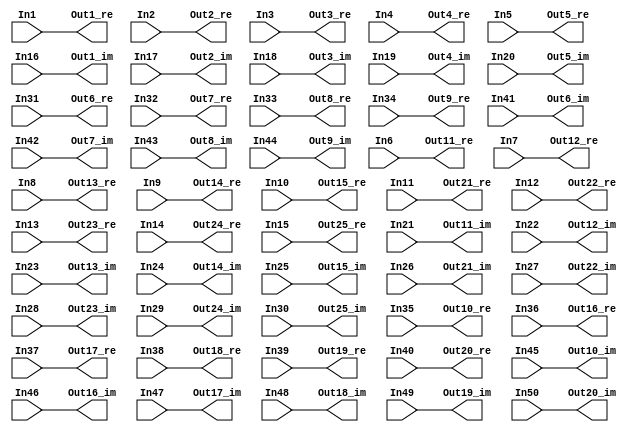
// -------------------------------------------------------------
// 
// 
// Generated by MATLAB 9.8 and HDL Coder 3.16
// 
// -------------------------------------------------------------


// -------------------------------------------------------------
// 
// Module: Real_imag_to_DFT50
// Source Path: newhope_cambios/FDHT/DFT/Real_imag_to_DFT50
// Hierarchy Level: 2
// 
// -------------------------------------------------------------

`timescale 1 ns / 1 ns

module Real_imag_to_DFT50
          (In1,
           In2,
           In3,
           In4,
           In5,
           In6,
           In7,
           In8,
           In9,
           In10,
           In11,
           In12,
           In13,
           In14,
           In15,
           In16,
           In17,
           In18,
           In19,
           In20,
           In21,
           In22,
           In23,
           In24,
           In25,
           In26,
           In27,
           In28,
           In29,
           In30,
           In31,
           In32,
           In33,
           In34,
           In35,
           In36,
           In37,
           In38,
           In39,
           In40,
           In41,
           In42,
           In43,
           In44,
           In45,
           In46,
           In47,
           In48,
           In49,
           In50,
           Out1_re,
           Out1_im,
           Out2_re,
           Out2_im,
           Out3_re,
           Out3_im,
           Out4_re,
           Out4_im,
           Out5_re,
           Out5_im,
           Out6_re,
           Out6_im,
           Out7_re,
           Out7_im,
           Out8_re,
           Out8_im,
           Out9_re,
           Out9_im,
           Out10_re,
           Out10_im,
           Out11_re,
           Out11_im,
           Out12_re,
           Out12_im,
           Out13_re,
           Out13_im,
           Out14_re,
           Out14_im,
           Out15_re,
           Out15_im,
           Out16_re,
           Out16_im,
           Out17_re,
           Out17_im,
           Out18_re,
           Out18_im,
           Out19_re,
           Out19_im,
           Out20_re,
           Out20_im,
           Out21_re,
           Out21_im,
           Out22_re,
           Out22_im,
           Out23_re,
           Out23_im,
           Out24_re,
           Out24_im,
           Out25_re,
           Out25_im);


  input   signed [36:0] In1;  // sfix37_En22
  input   signed [36:0] In2;  // sfix37_En22
  input   signed [36:0] In3;  // sfix37_En22
  input   signed [36:0] In4;  // sfix37_En22
  input   signed [36:0] In5;  // sfix37_En22
  input   signed [36:0] In6;  // sfix37_En22
  input   signed [36:0] In7;  // sfix37_En22
  input   signed [36:0] In8;  // sfix37_En22
  input   signed [36:0] In9;  // sfix37_En22
  input   signed [36:0] In10;  // sfix37_En22
  input   signed [36:0] In11;  // sfix37_En22
  input   signed [36:0] In12;  // sfix37_En22
  input   signed [36:0] In13;  // sfix37_En22
  input   signed [36:0] In14;  // sfix37_En22
  input   signed [36:0] In15;  // sfix37_En22
  input   signed [36:0] In16;  // sfix37_En22
  input   signed [36:0] In17;  // sfix37_En22
  input   signed [36:0] In18;  // sfix37_En22
  input   signed [36:0] In19;  // sfix37_En22
  input   signed [36:0] In20;  // sfix37_En22
  input   signed [36:0] In21;  // sfix37_En22
  input   signed [36:0] In22;  // sfix37_En22
  input   signed [36:0] In23;  // sfix37_En22
  input   signed [36:0] In24;  // sfix37_En22
  input   signed [36:0] In25;  // sfix37_En22
  input   signed [36:0] In26;  // sfix37_En22
  input   signed [36:0] In27;  // sfix37_En22
  input   signed [36:0] In28;  // sfix37_En22
  input   signed [36:0] In29;  // sfix37_En22
  input   signed [36:0] In30;  // sfix37_En22
  input   signed [36:0] In31;  // sfix37_En22
  input   signed [36:0] In32;  // sfix37_En22
  input   signed [36:0] In33;  // sfix37_En22
  input   signed [36:0] In34;  // sfix37_En22
  input   signed [36:0] In35;  // sfix37_En22
  input   signed [36:0] In36;  // sfix37_En22
  input   signed [36:0] In37;  // sfix37_En22
  input   signed [36:0] In38;  // sfix37_En22
  input   signed [36:0] In39;  // sfix37_En22
  input   signed [36:0] In40;  // sfix37_En22
  input   signed [36:0] In41;  // sfix37_En22
  input   signed [36:0] In42;  // sfix37_En22
  input   signed [36:0] In43;  // sfix37_En22
  input   signed [36:0] In44;  // sfix37_En22
  input   signed [36:0] In45;  // sfix37_En22
  input   signed [36:0] In46;  // sfix37_En22
  input   signed [36:0] In47;  // sfix37_En22
  input   signed [36:0] In48;  // sfix37_En22
  input   signed [36:0] In49;  // sfix37_En22
  input   signed [36:0] In50;  // sfix37_En22
  output  signed [36:0] Out1_re;  // sfix37_En22
  output  signed [36:0] Out1_im;  // sfix37_En22
  output  signed [36:0] Out2_re;  // sfix37_En22
  output  signed [36:0] Out2_im;  // sfix37_En22
  output  signed [36:0] Out3_re;  // sfix37_En22
  output  signed [36:0] Out3_im;  // sfix37_En22
  output  signed [36:0] Out4_re;  // sfix37_En22
  output  signed [36:0] Out4_im;  // sfix37_En22
  output  signed [36:0] Out5_re;  // sfix37_En22
  output  signed [36:0] Out5_im;  // sfix37_En22
  output  signed [36:0] Out6_re;  // sfix37_En22
  output  signed [36:0] Out6_im;  // sfix37_En22
  output  signed [36:0] Out7_re;  // sfix37_En22
  output  signed [36:0] Out7_im;  // sfix37_En22
  output  signed [36:0] Out8_re;  // sfix37_En22
  output  signed [36:0] Out8_im;  // sfix37_En22
  output  signed [36:0] Out9_re;  // sfix37_En22
  output  signed [36:0] Out9_im;  // sfix37_En22
  output  signed [36:0] Out10_re;  // sfix37_En22
  output  signed [36:0] Out10_im;  // sfix37_En22
  output  signed [36:0] Out11_re;  // sfix37_En22
  output  signed [36:0] Out11_im;  // sfix37_En22
  output  signed [36:0] Out12_re;  // sfix37_En22
  output  signed [36:0] Out12_im;  // sfix37_En22
  output  signed [36:0] Out13_re;  // sfix37_En22
  output  signed [36:0] Out13_im;  // sfix37_En22
  output  signed [36:0] Out14_re;  // sfix37_En22
  output  signed [36:0] Out14_im;  // sfix37_En22
  output  signed [36:0] Out15_re;  // sfix37_En22
  output  signed [36:0] Out15_im;  // sfix37_En22
  output  signed [36:0] Out16_re;  // sfix37_En22
  output  signed [36:0] Out16_im;  // sfix37_En22
  output  signed [36:0] Out17_re;  // sfix37_En22
  output  signed [36:0] Out17_im;  // sfix37_En22
  output  signed [36:0] Out18_re;  // sfix37_En22
  output  signed [36:0] Out18_im;  // sfix37_En22
  output  signed [36:0] Out19_re;  // sfix37_En22
  output  signed [36:0] Out19_im;  // sfix37_En22
  output  signed [36:0] Out20_re;  // sfix37_En22
  output  signed [36:0] Out20_im;  // sfix37_En22
  output  signed [36:0] Out21_re;  // sfix37_En22
  output  signed [36:0] Out21_im;  // sfix37_En22
  output  signed [36:0] Out22_re;  // sfix37_En22
  output  signed [36:0] Out22_im;  // sfix37_En22
  output  signed [36:0] Out23_re;  // sfix37_En22
  output  signed [36:0] Out23_im;  // sfix37_En22
  output  signed [36:0] Out24_re;  // sfix37_En22
  output  signed [36:0] Out24_im;  // sfix37_En22
  output  signed [36:0] Out25_re;  // sfix37_En22
  output  signed [36:0] Out25_im;  // sfix37_En22




  assign Out1_re = In1;

  assign Out1_im = In16;

  assign Out2_re = In2;

  assign Out2_im = In17;

  assign Out3_re = In3;

  assign Out3_im = In18;

  assign Out4_re = In4;

  assign Out4_im = In19;

  assign Out5_re = In5;

  assign Out5_im = In20;

  assign Out6_re = In31;

  assign Out6_im = In41;

  assign Out7_re = In32;

  assign Out7_im = In42;

  assign Out8_re = In33;

  assign Out8_im = In43;

  assign Out9_re = In34;

  assign Out9_im = In44;

  assign Out10_re = In35;

  assign Out10_im = In45;

  assign Out11_re = In6;

  assign Out11_im = In21;

  assign Out12_re = In7;

  assign Out12_im = In22;

  assign Out13_re = In8;

  assign Out13_im = In23;

  assign Out14_re = In9;

  assign Out14_im = In24;

  assign Out15_re = In10;

  assign Out15_im = In25;

  assign Out16_re = In36;

  assign Out16_im = In46;

  assign Out17_re = In37;

  assign Out17_im = In47;

  assign Out18_re = In38;

  assign Out18_im = In48;

  assign Out19_re = In39;

  assign Out19_im = In49;

  assign Out20_re = In40;

  assign Out20_im = In50;

  assign Out21_re = In11;

  assign Out21_im = In26;

  assign Out22_re = In12;

  assign Out22_im = In27;

  assign Out23_re = In13;

  assign Out23_im = In28;

  assign Out24_re = In14;

  assign Out24_im = In29;

  assign Out25_re = In15;

  assign Out25_im = In30;

endmodule  // Real_imag_to_DFT50